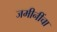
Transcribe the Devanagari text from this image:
जमीनींचा